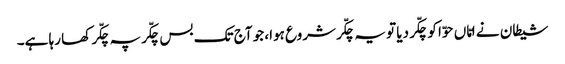
شیطان نے امّاں حوّا کو چکّر دیا تو یہ چکّر شروع ہوا، جو آج تک بس چکّر پہ چکّر کھا رہا ہے۔